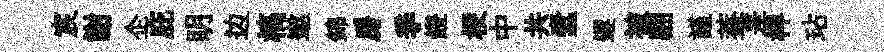
宸謝企庇眀边槁遨錦房季鐙梗中共蠧遲被翩謹葢差椑玷